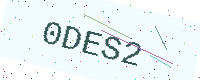
Text: 0DES2